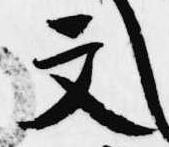
文